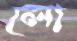
লো